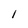
Character: l